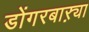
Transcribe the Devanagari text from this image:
डोंगरबाऱ्या